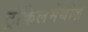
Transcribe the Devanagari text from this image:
ट्रॉकेलमेंथीज़